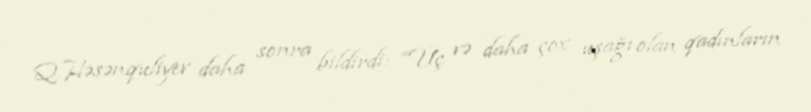
Q.Həsənquliyev daha sonra bildirdi: “Üç və daha çox uşağı olan qadınların